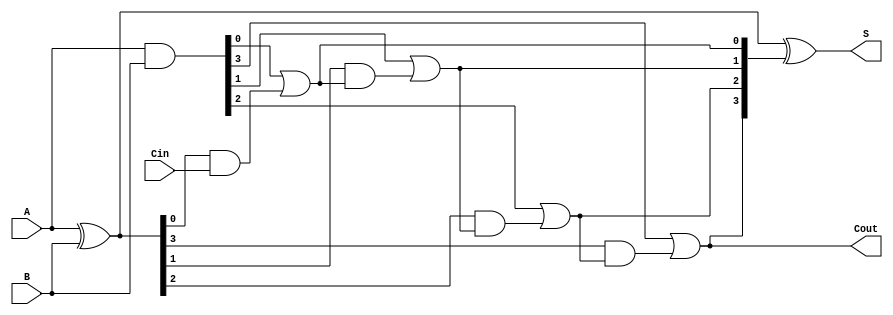
module CarryLookaheadAdder #(parameter n = 4) (
    input  [n-1:0] A,      // First n-bit input
    input  [n-1:0] B,      // Second n-bit input
    input         Cin,      // Carry-in
    output [n-1:0] S,      // n-bit sum output
    output        Cout      // Carry-out
);

    // Generate and Propagate signals
    wire [n-1:0] G; // Generate signals
    wire [n-1:0] P; // Propagate signals
    wire [n:0] C;   // Carry signals

    // Generate and Propagate calculations
    assign G = A & B;          // Generate: Gi = Ai & Bi
    assign P = A ^ B;          // Propagate: Pi = Ai ^ Bi

    // Carry calculations
    assign C[0] = Cin;         // C0 = Cin

    genvar i;
    generate
        for (i = 0; i < n; i = i + 1) begin : carry_calc
            if (i == 0) begin
                assign C[i + 1] = G[i] | (P[i] & C[i]); // C1 = G0 + (P0 & C0)
            end else begin
                assign C[i + 1] = G[i] | (P[i] & C[i]); // Ci+1 = Gi + (Pi & Ci)
            end
        end
    endgenerate

    // Sum calculation
    assign S = P ^ C[n:1]; // Si = Pi ^ Ci

    // Final carry-out
    assign Cout = C[n]; // Cout = Cn

endmodule